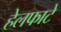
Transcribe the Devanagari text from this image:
हेलफाटे